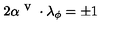
2 \alpha ^ { \textrm { v } } \cdot \lambda _ { \phi } = \pm 1